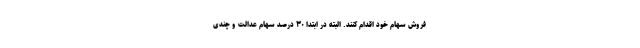
فروش سهام خود اقدام کنند. البته در ابتدا ۳۰ درصد سهام عدالت و چندی